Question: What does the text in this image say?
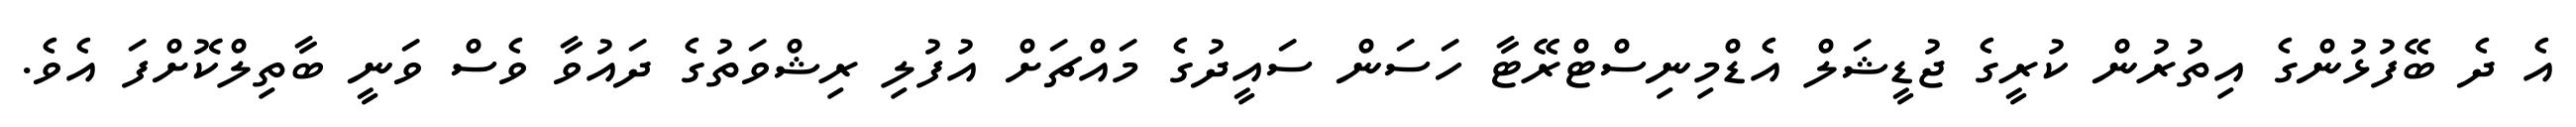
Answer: އެ ދެ ބޭފުޅުންގެ އިތުރުން ކުރީގެ ޖުޑީޝަލް އެޑްމިނިސްޓްރޭޓާ ހަސަން ސައީދުގެ މައްޗަށް އުފުލި ރިޝްވަތުގެ ދައުވާ ވެސް ވަނީ ބާތިލްކޮށްފަ އެވެ.